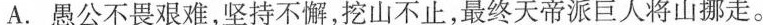
A. 愚公不畏艰难，坚持不懈，挖山不止，最终天帝派巨人将山挪走。